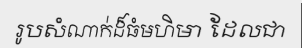
រូបសំណាក់ដ៏ធំមហិមា ដែលជា